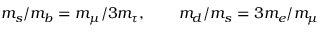
m _ { s } / m _ { b } = m _ { \mu } / 3 m _ { \tau } , \qquad m _ { d } / m _ { s } = 3 m _ { e } / m _ { \mu }